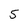
Character: 5